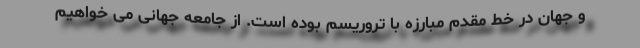
و جهان در خط مقدم مبارزه با تروریسم بوده است. از جامعه جهانی می خواهیم